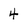
Character: 4